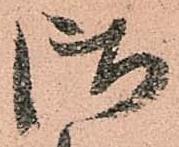
御